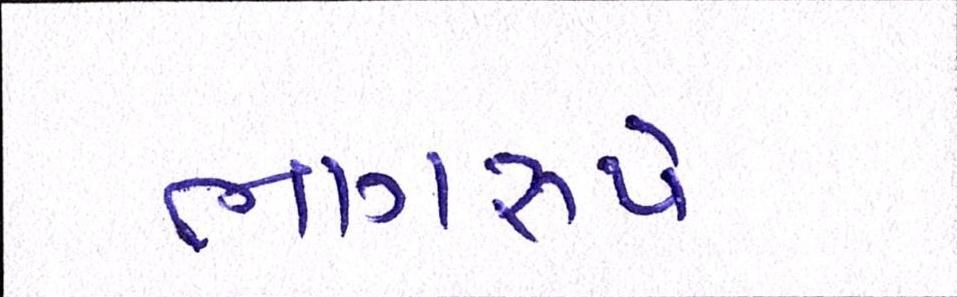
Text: ભાગરૂપે